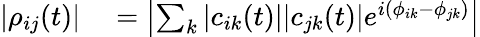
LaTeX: \begin{array}{rl}{\left|\rho_{ij}(t)\right|}&{{}=\left|\sum_{k}|c_{ik}(t)||c_{jk}(t)|e^{i(\phi_{ik}-\phi_{jk})}\right|}\end{array}